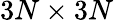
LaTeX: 3N\times 3N